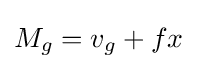
M_{g}=v_{g}+fx